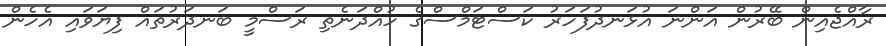
ރާއްޖެއިން ބޭރުން އަންނަ އުޅަނދުފަހަރު ކަސްޓަމްސްގެ ހުއްދަނެތި ރަސްމީ ބަނދަރުތައް ފިޔަވައި އެހެން